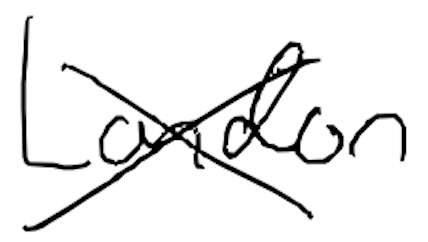
Text: London
Cross-out: cross
Writing tool: digital_black